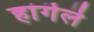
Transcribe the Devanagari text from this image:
हांगॆलॆ